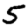
Digit: 5